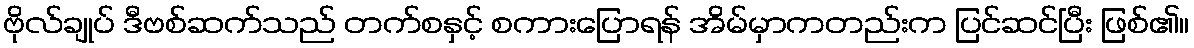
ဗိုလ်ချုပ် ဒီဗစ်ဆက်သည် တက်စနှင့် စကားပြောရန် အိမ်မှာကတည်းက ပြင်ဆင်ပြီး ဖြစ်၏။